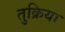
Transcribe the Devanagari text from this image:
तुक्रिया